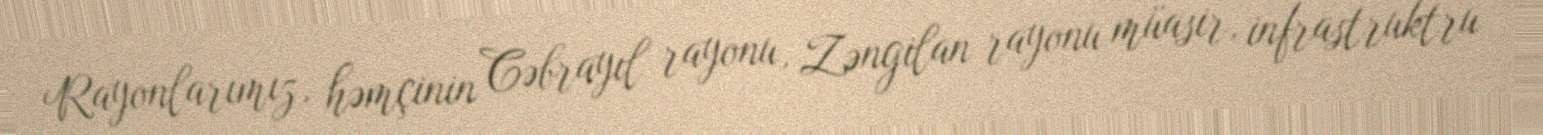
Rayonlarımız, həmçinin Cəbrayıl rayonu, Zəngilan rayonu müasir, infrastruktru